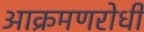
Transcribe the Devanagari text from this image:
आक्रमणरोधी